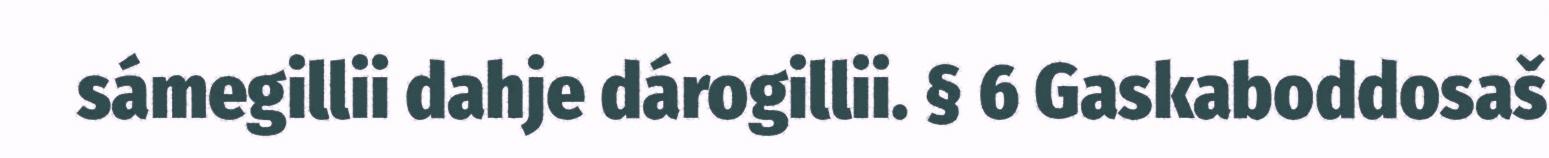
sámegillii dahje dárogillii. § 6 Gaskaboddosaš